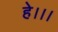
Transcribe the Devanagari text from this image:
हे।।।